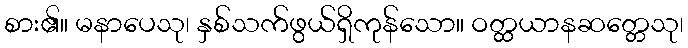
စား၏။ မနာပေသု၊ နှစ်သက်ဖွယ်ရှိကုန်သော။ ဝတ္ထယာနဆတ္တေသု၊